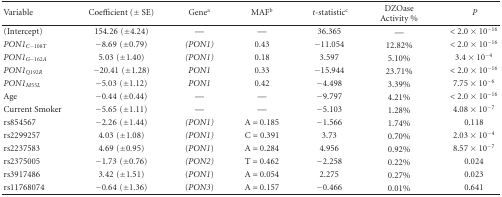
<table><thead><tr><td><b> Variable</b></td><td><b> Coefficient (± SE)</b></td><td><b>Gene<sup>a</sup></b></td><td><b>MAF<sup>b</sup></b></td><td><b><i> t-</i>statistic<sup>c</sup></b></td><td><b>DZOase Activity %</b></td><td><b><i> P</i></b></td></tr></thead><tbody><tr><td>(Intercept)</td><td>154.26(±4.24)</td><td>—</td><td>—</td><td>36.365</td><td>—</td><td>&lt; 2.0 × 10<sup>−16</sup></td></tr><tr><td><i>PON1<sub>C-108T</sub></i></td><td>−8.69(±0.79)</td><td><i>(PON1)</i></td><td>0.43</td><td>−11.054</td><td>12.82%</td><td>&lt; 2.0 × 10<sup>−16</sup></td></tr><tr><td><i>PON1<sub>G-162A</sub></i></td><td>5.03(±1.40)</td><td><i>(PON1)</i></td><td>0.18</td><td>3.597</td><td>5.10%</td><td>3.4 × 10<sup>−4</sup></td></tr><tr><td><i>PON1<sub>Q192R</sub></i></td><td>−20.41(±1.28)</td><td><i>PON1</i></td><td>0.33</td><td>−15.944</td><td>23.71%</td><td>&lt; 2.0 × 10<sup>−16</sup></td></tr><tr><td><i>PON1<sub>M55L</sub></i></td><td>−5.03(±1.12)</td><td><i>PON1</i></td><td>0.42</td><td>−4.498</td><td>3.39%</td><td>7.75 × 10<sup>−6</sup></td></tr><tr><td>Age</td><td>−0.44(±0.44)</td><td>—</td><td>—</td><td>−9.797</td><td>4.21%</td><td>&lt; 2.0 × 10<sup>−16</sup></td></tr><tr><td>Current Smoker</td><td>−5.65(±1.11)</td><td>—</td><td>—</td><td>−5.103</td><td>1.28%</td><td>4.08 × 10<sup>−7</sup></td></tr><tr><td>rs854567</td><td>−2.26(±1.44)</td><td><i>(PON1)</i></td><td>A = 0.185</td><td>−1.566</td><td>1.74%</td><td>0.118</td></tr><tr><td>rs2299257</td><td>4.03(±1.08)</td><td><i>(PON1)</i></td><td>C = 0.391</td><td>3.73</td><td>0.70%</td><td>2.03 × 10<sup>−4</sup></td></tr><tr><td>rs2237583</td><td>4.69(±0.95)</td><td>(<i>PON1</i>)</td><td>A = 0.284</td><td>4.956</td><td>0.92%</td><td>8.57 × 10<sup>−7</sup></td></tr><tr><td>rs2375005</td><td>−1.73(±0.76)</td><td><i>(PON2)</i></td><td>T = 0.462</td><td>−2.258</td><td>0.22%</td><td>0.024</td></tr><tr><td>rs3917486</td><td>3.42(±1.51)</td><td>(<i>PON1</i>)</td><td>A = 0.054</td><td>2.275</td><td>0.27%</td><td>0.023</td></tr><tr><td>rs11768074</td><td>−0.64(±1.36)</td><td>(<i>PON3</i>)</td><td>A = 0.157</td><td>−0.466</td><td>0.01%</td><td>0.641</td></tr></tbody></table>